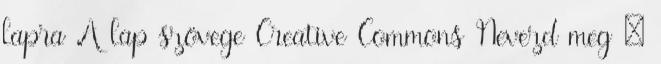
lapra A lap szövege Creative Commons Nevezd meg –